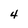
Character: 4